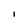
Character: i